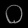
Digit: ၀